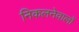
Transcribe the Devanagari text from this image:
निकलनेवालों